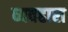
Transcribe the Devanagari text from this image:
व्यवहारा